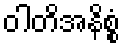
ဝါတိအနိစ္စံ